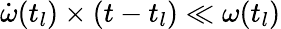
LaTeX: \dot{\omega}(t_{l})\times(t-t_{l})\ll\omega(t_{l})